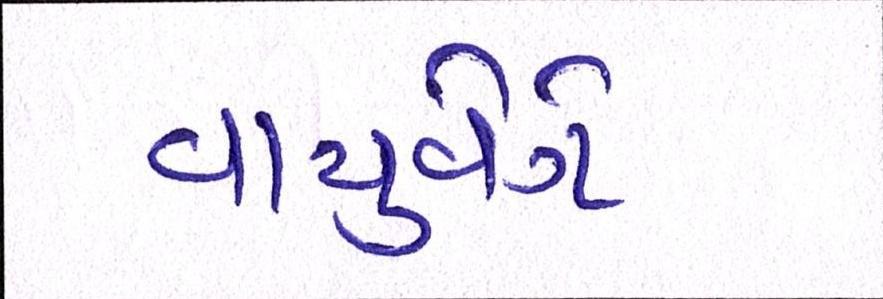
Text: વાયુવેગે